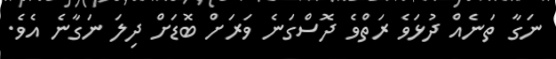
ނަގާ ތަނެއް ދުޅަވެ ރަތްވެ ދޮސްގަނެ ވަރަށް ބޮޑަށް ދިލަ ނަގާނެ އެވެ.